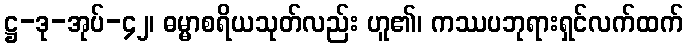
ဋ္ဌ-ဒု-အုပ်-၄၂၊ ဓမ္မာစရိယသုတ်လည်း ဟူ၏၊ ကဿပဘုရားရှင်လက်ထက်